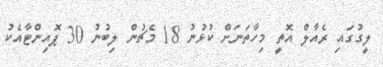
ލީގުގައި ރެއާލް އޮތީ މިހާތަނަށް ކުޅުނު 18 މެޗުން ލިބުނު 30 ޕޮއިންޓާއެކު